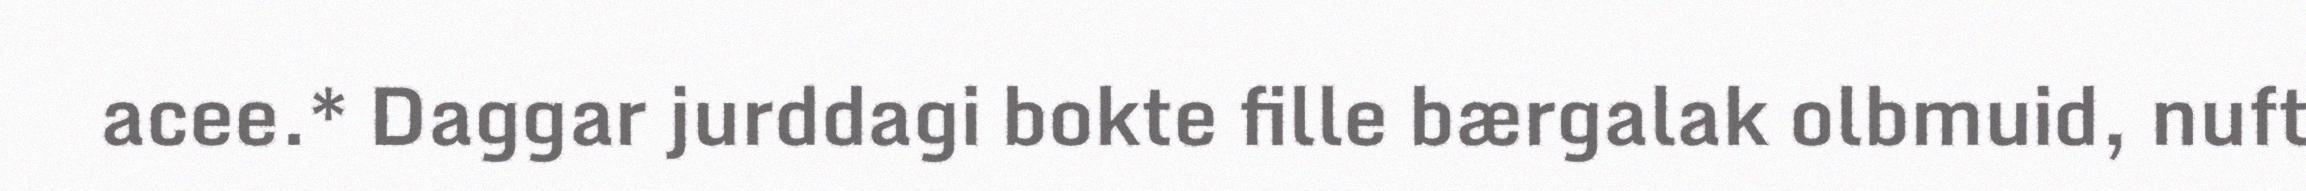
acee.* Daggar jurddagi bokte fille bærgalak olbmuid, nuft